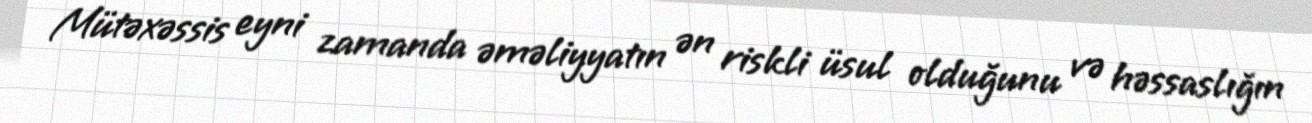
Mütəxəssis eyni zamanda əməliyyatın ən riskli üsul olduğunu və həssaslığın